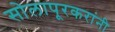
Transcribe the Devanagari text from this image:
सोलापूरकरांनी